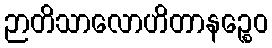
ဉာတိသာလောဟိတာနဉ္စေဝ